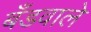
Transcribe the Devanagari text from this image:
बँडवाले